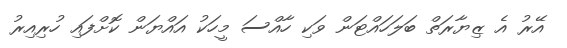
އޭރު އެ ޒިޔާރަތް ބަލަހައްޓަން ވަކި ހާއްސަ މީހަކު އައްޔަން ކޮށްފައި ހުރިއިރު